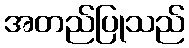
အတည်ပြုသည်